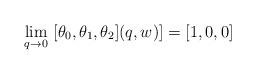
LaTeX: \begin{align*}\lim_{q\to 0}\ [\theta_0,\theta_1,\theta_2](q,w)]=[1,0,0] \end{align*}